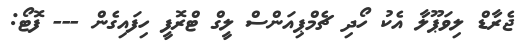
ޖެރާޑް ލިވަޕޫލާ އެކު ހޯދި ޗެމްޕިއަންސް ލީގް ޓްރޮފީ ހިފައިގެން --- ފޮޓޯ: